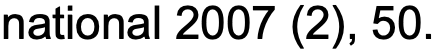
national 2007 (2), 50.